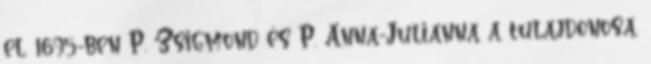
el. 1695-ben P. Zsigmond és P. Anna-Julianna a tulajdonosa.